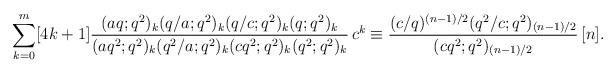
LaTeX: \begin{align*}\sum_{k=0}^{m}[4k+1]\frac{(aq;q^2)_k (q/a;q^2)_k (q/c;q^2)_k (q;q^2)_k}{(aq^2;q^2)_k(q^2/a;q^2)_k (cq^2;q^2)_k (q^2;q^2)_k}\,c^k\equiv\frac{(c/q)^{(n-1)/2} (q^2/c;q^2)_{(n-1)/2}}{(cq^2;q^2)_{(n-1)/2}}\,[n].\end{align*}